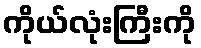
ကိုယ်လုံးကြီးကို